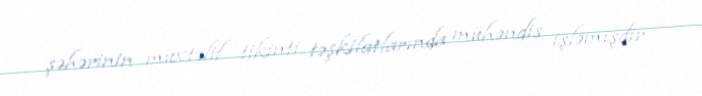
şəhərinin müxtəlif tikinti təşkilatlarında mühəndis işləmişdir.